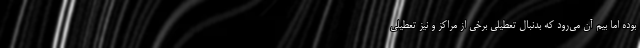
بوده اما بیم آن می‌‌رود که بدنبال تعطیلی برخی از مراکز و نیز تعطیلی